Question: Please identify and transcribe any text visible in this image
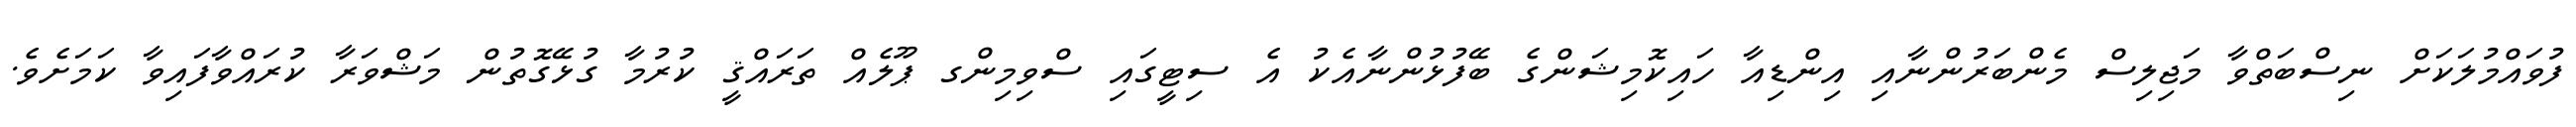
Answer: ފުވައްމުލަކަށް ނިސްބަތްވާ މަޖިލިސް މެންބަރުންނާއި އިންޑިއާ ހައިކޮމިޝަންގެ ބޭފުޅުންނާއެކު އެ ސިޓީގައި ސްވިމިންގ ޕޫލެއް ތަރައްޤީ ކުރުމާ ގުޅޭގޮތުން މަޝްވަރާ ކުރައްވާފައިވާ ކަމަށެވެ.